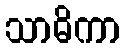
သာဓိကာ